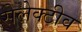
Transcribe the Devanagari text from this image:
सेलेक्टीव